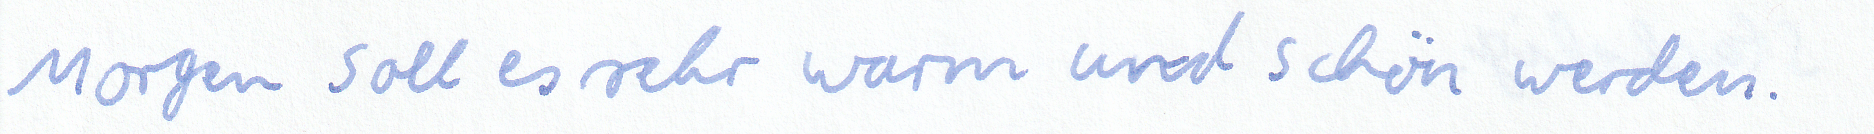
Morgen soll es sehr warm und schön werden.